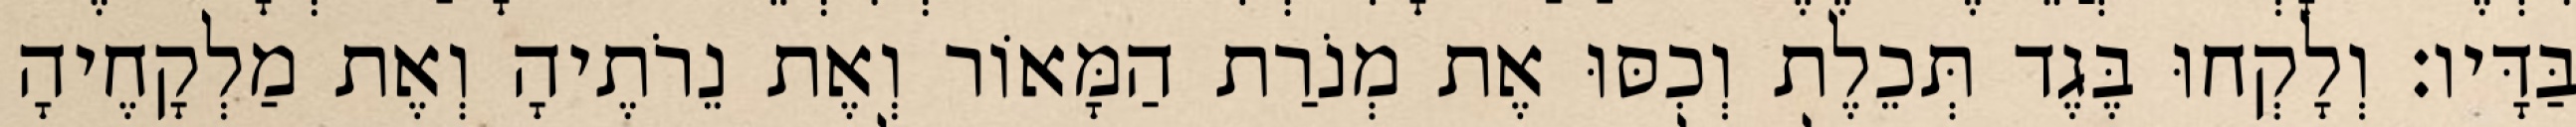
בַּדָּיו׃ וְלָקְחוּ בֶּגֶד תְּכֵלֶת וְכִסּוּ אֶת מְנֹרַת הַמָּאוֹר וְאֶת נֵרֹתֶיהָ וְאֶת מַלְקָחֶיהָ